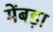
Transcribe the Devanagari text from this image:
मेंबड़ा